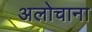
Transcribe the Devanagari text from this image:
अलोचाना